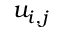
u _ { i , j }